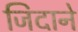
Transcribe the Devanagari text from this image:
जिदाने